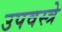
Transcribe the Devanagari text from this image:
उपवस्त्रे